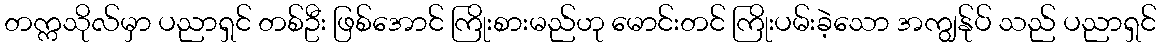
တက္ကသိုလ်မှာ ပညာရှင် တစ်ဦး ဖြစ်အောင် ကြိုးစားမည်ဟု မောင်းတင် ကြိုးပမ်းခဲ့သော အကျွန်ုပ် သည် ပညာရှင်